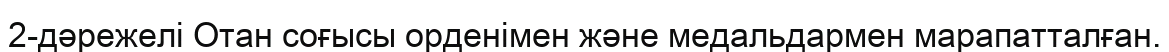
2-дәрежелі Отан соғысы орденімен және медальдармен марапатталған.